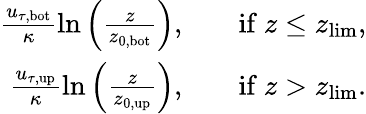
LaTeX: \begin{array}{rlr}{\frac{u_{\tau,\mathrm{bot}}}{\kappa}\ln\left(\frac{z}{z_{0,\mathrm{bot}}}\right),}&{}&{\mathrm{if}\ z\leq z_{\mathrm{lim}},}\\ {\frac{u_{\tau,\mathrm{up}}}{\kappa}\ln\left(\frac{z}{z_{0,\mathrm{up}}}\right),}&{}&{\mathrm{if}\ z>z_{\mathrm{lim}}.}\end{array}